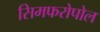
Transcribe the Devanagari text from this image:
सिमफरोपोल